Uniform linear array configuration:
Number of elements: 24
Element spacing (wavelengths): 1
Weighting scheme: blackman
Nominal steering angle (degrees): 0
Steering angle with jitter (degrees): -1.365
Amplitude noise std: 0.05
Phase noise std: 0.05

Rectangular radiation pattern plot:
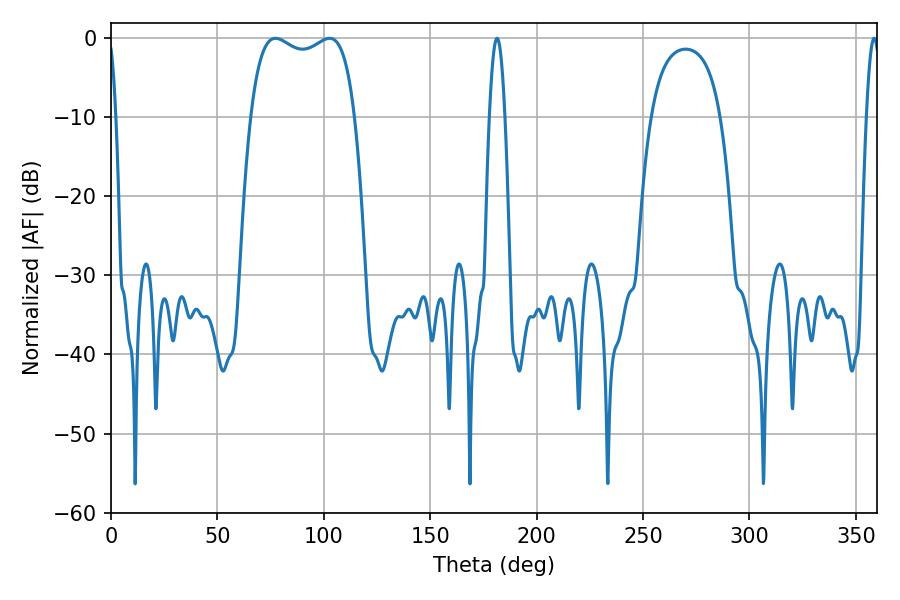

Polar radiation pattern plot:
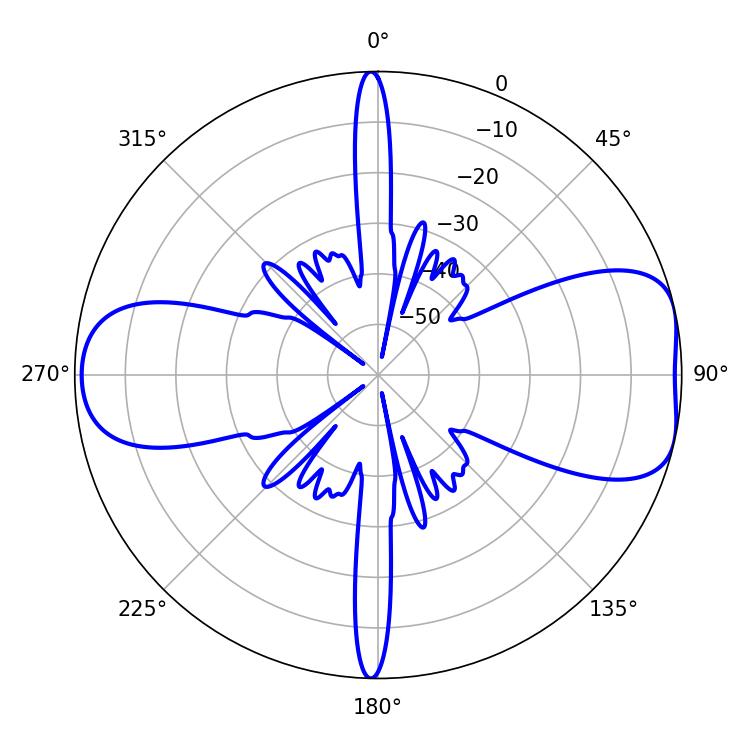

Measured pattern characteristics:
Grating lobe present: TRUE
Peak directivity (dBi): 7.711
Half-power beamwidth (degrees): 39.96
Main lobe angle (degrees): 77.22